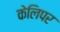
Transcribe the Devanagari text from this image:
केलिपर